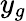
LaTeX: y_{g}